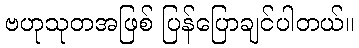
ဗဟုသုတအဖြစ် ပြန်ပြောချင်ပါတယ်။